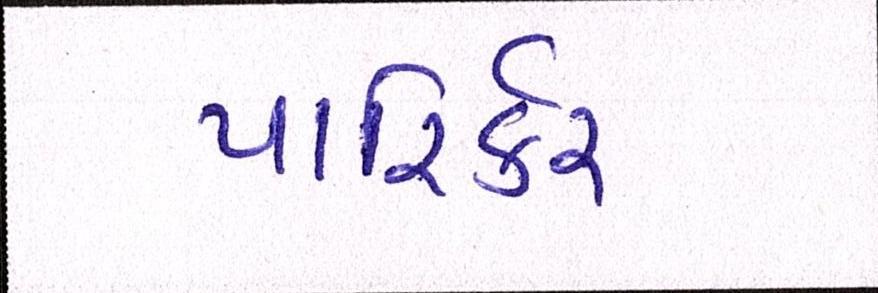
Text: પારિર્કર